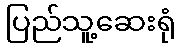
ပြည်သူ့ဆေးရုံ